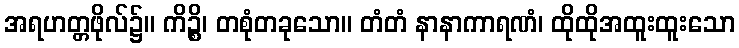
အရဟတ္တဖိုလ်၌။ ကိဉ္စိ၊ တစုံတခုသော။ တံတံ နာနာကာရဏံ၊ ထိုထိုအထူးထူးသော